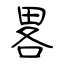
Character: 畧